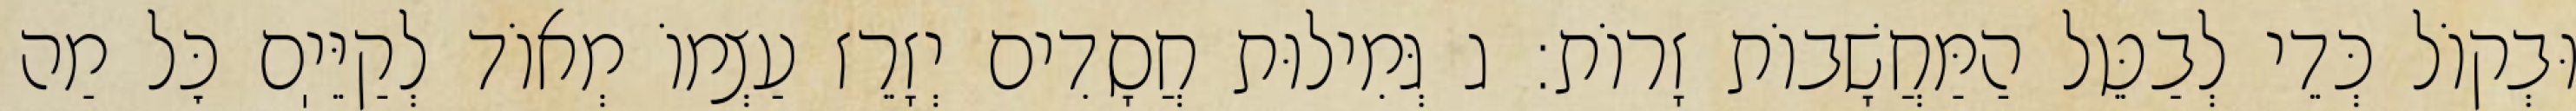
וּבְקוֹל כְּדֵי לְבַטֵּל הַמַּחֲשָׁבוֹת זָרוֹת: ג גְּמִילוּת חֲסָדִים יְזָרֵז עַצְמוֹ מְאוֹד לְקַיֵּיֽם כׇּל מַה